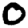
Digit: 0